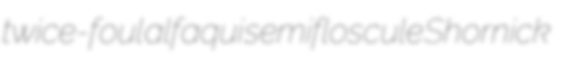
twice-foul alfaqui semifloscule Shornick